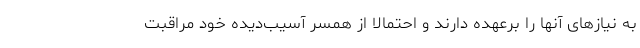
به نیازهای آنها را برعهده دارند و احتمالا از همسر آسیب‌دیده خود مراقبت